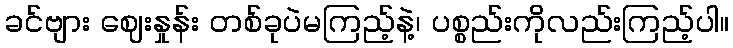
ခင်ဗျား ဈေးနှုန်း တစ်ခုပဲမကြည့်နဲ့၊ ပစ္စည်းကိုလည်းကြည့်ပါ။